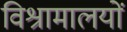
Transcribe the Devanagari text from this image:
विश्रामालयों